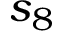
s _ { 8 }